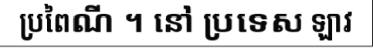
ប្រពៃណី ។ នៅ ប្រទេស ឡាវ